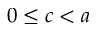
0 \leq c < a